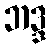
ဘဒ္ဒ